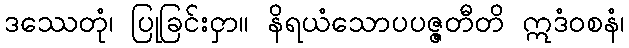
ဒဿေတုံ၊ ပြုခြင်းငှာ။ နိရယံသောပပဇ္ဇတီတိ ဣဒံဝစနံ၊